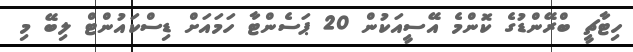
ހިޓާޗީ ބްރޭންޑުގެ ކޮންމެ އޭސީއަކުން 20 ޕަސެންޓާ ހަމައަށް ޑިސްކައުންޓް ލިބޭ މި